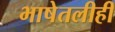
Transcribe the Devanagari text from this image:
भाषेतलीही